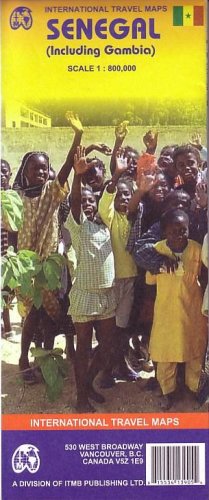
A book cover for Senegal & The Gambia; International Travel maps; Travel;